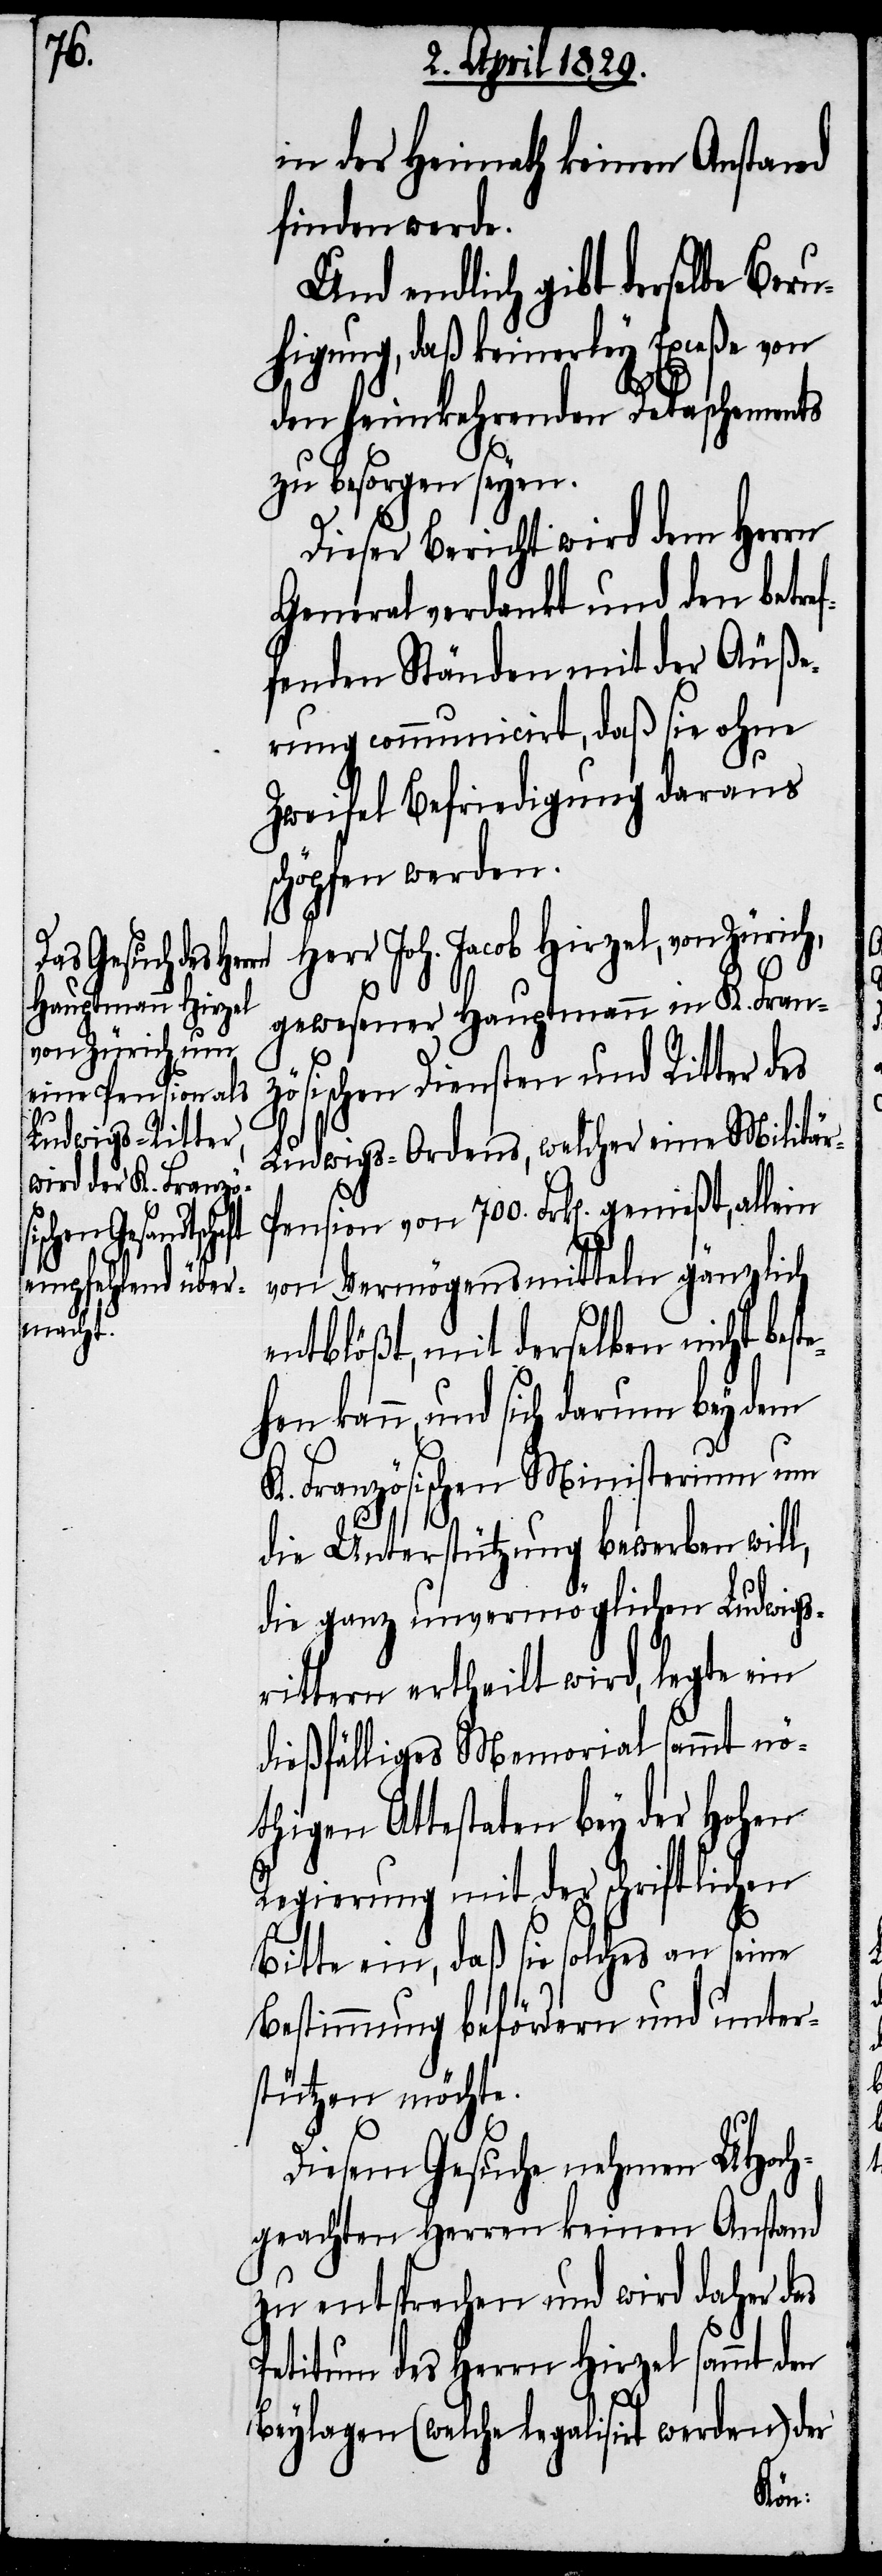
Regierung

in der Heimath keinen Anstand
finden werde.
Und endlich gibt derselbe Beru¬
higung, daß keinerley Exceße von
den heimkehrenden Detaschements
zu besorgen seyen.
Dieser Bericht wird dem Herrn
General verdankt und den betre¬
fenden Ständen mit der Äuße¬
rung communicirt, daß sie ohne
Zweifel Befriedigung daraus
schöpfen werden.
Herr Joh. Jacob Hirzel, von Zürich,
gewesener Hauptmann in K. Fran¬
zösischen Diensten und Ritter des
Ludwigs-Ordens, welcher eine Militä¬
r-Pension von 700. Frk[en]. genießt,
von Vermögensmitteln gänzlich
entblößt, mit derselben nicht best¬
ehen kann, und sich darum bey dem
K. Französischen Ministerium um
die Unterstützung bewerben will,
die ganz unvermöglichen Ludwigs¬
ritten ertheilt wird, legte ein
dießfälliges Memorial sammt nö¬
thigen Attestaten bey der hohen
ein, daß sie solches an seine
Bestimmung befördern und unter¬
stützen möchte.
f¬
Diesem Gesuche nehmen UHoch¬
geachten Herren keinen Anstand
zu entsprechen und wird daher das
Petitum des Herrn Hirzel sammt
Beylagen (welche legalisirt werden) der
den